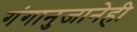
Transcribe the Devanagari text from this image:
गंगानुजानेही